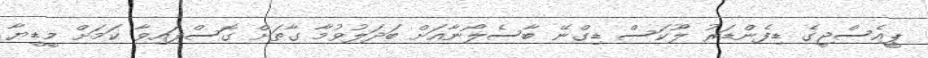
ޕީއެސްޖީގެ ޑިފެންޑަރު ލޫކަސް ޑިގްނޭ ބާސެލޯނާއަށް ބަދަލުވުމާ ގާތަށް ގޮސްފައިވާ ކަމަށް މީޑީޔާ